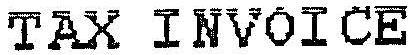
TAX INVOICE